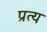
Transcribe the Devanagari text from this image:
प्रत्य